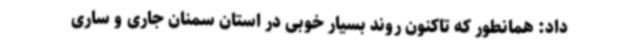
داد: همانطور که تاکنون روند بسیار خوبی در استان سمنان جاری و ساری